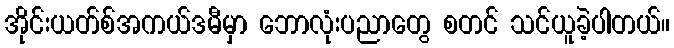
အိုင်းယတ်စ်အကယ်ဒမီမှာ ဘောလုံးပညာတွေ စတင် သင်ယူခဲ့ပါတယ်။